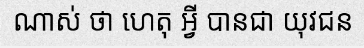
ណាស់ ថា ហេតុ អ្វី បានជា យុវជន